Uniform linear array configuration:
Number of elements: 4
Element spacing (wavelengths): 0.75
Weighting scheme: hamming
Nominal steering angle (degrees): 0
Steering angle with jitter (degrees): -1.788
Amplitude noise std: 0.05
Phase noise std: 0.05

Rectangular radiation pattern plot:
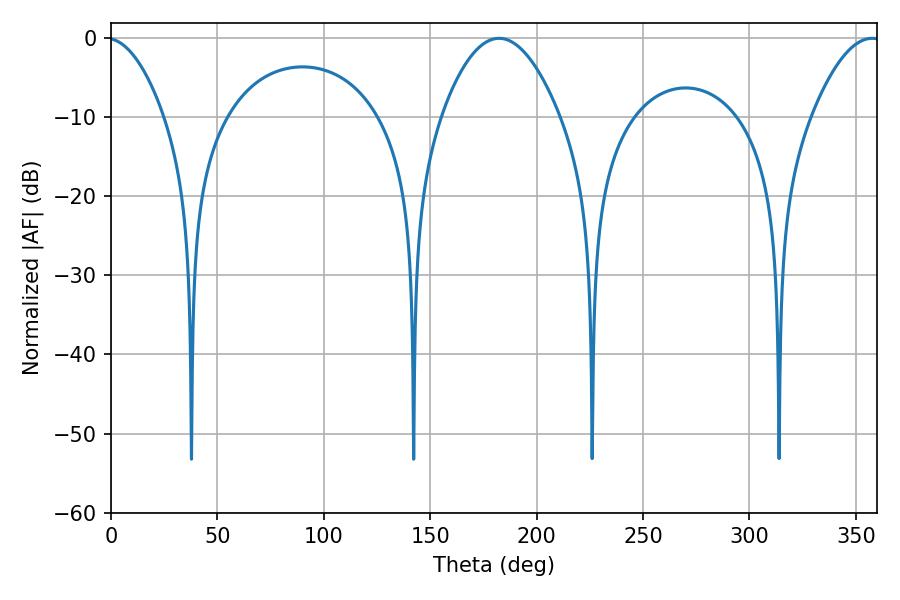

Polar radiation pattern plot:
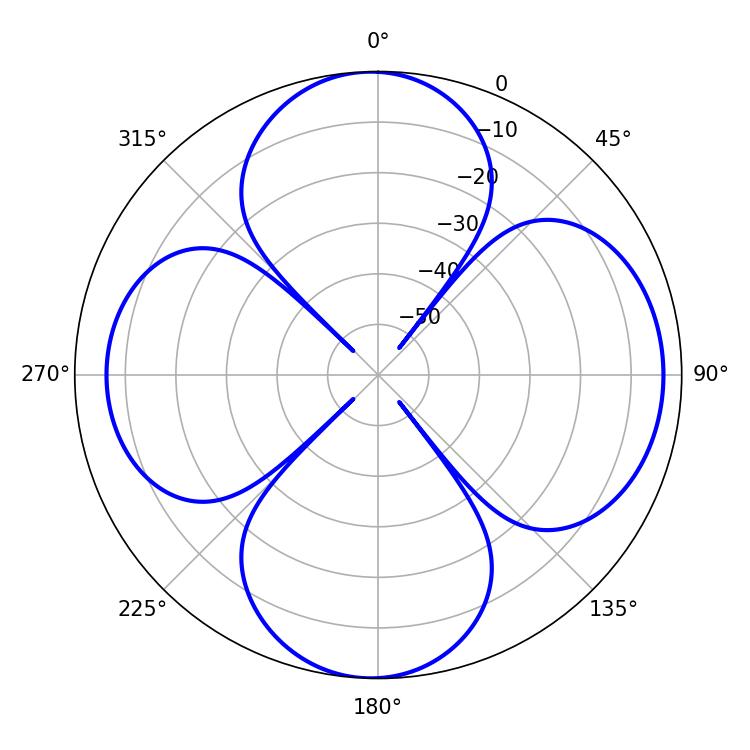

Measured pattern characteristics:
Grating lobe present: TRUE
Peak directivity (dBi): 11.367
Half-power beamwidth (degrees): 30.6
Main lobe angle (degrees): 182.34